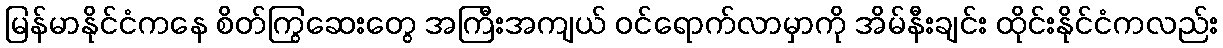
မြန်မာနိုင်ငံကနေ စိတ်ကြွဆေးတွေ အကြီးအကျယ် ဝင်ရောက်လာမှာကို အိမ်နီးချင်း ထိုင်းနိုင်ငံကလည်း